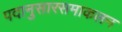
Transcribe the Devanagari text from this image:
पदानुसारसमाकलन